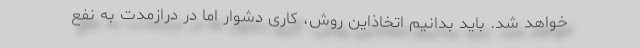
خواهد شد. باید بدانیم اتخاذاین روش، کاری دشوار اما در درازمدت به نفع